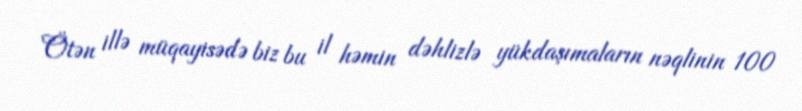
Ötən illə müqayisədə biz bu il həmin dəhlizlə yükdaşımaların nəqlinin 100